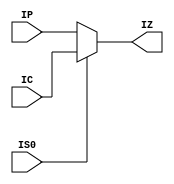
module GMUX (IP, IC, IS0, IZ);

    // 1st clock input
    (* CLOCK *)
    input  wire IP;

    // 2nd clock input
    (* CLOCK *)
    input  wire IC;

    // Select input
    input  wire IS0;

    // Clock output (has to be defined as a regular output port)
    (* DELAY_CONST_IP="1e-10" *)
    (* DELAY_CONST_IC="2e-10" *)
    (* DELAY_CONST_IS0="3e-10" *)
    (* COMB_INCLUDE_CLOCKS *)
    output wire IZ;

    // Behavioral model:
    assign IZ = IS0 ? IC : IP;

endmodule